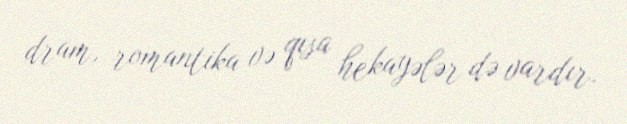
dram, romantika və qısa hekayələr də vardır.